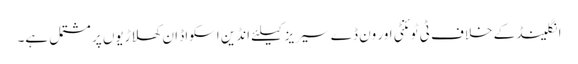
انگلینڈ کے خلاف ٹی ٹوئنٹی اور ون ڈے سیریز کیلئے انڈین اسکواڈ ان کھلاڑیوں پر مشتمل ہے۔